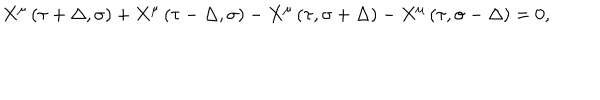
X ^ { \mu } \left( \tau + \Delta , \sigma \right) + X ^ { \mu } \left( \tau - \Delta , \sigma \right) - X ^ { \mu } \left( \tau , \sigma + \Delta \right) - X ^ { \mu } \left( \tau , \sigma - \Delta \right) = 0 ,